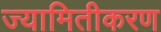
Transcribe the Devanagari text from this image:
ज्यामितीकरण